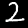
Label: 2